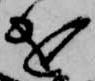
を